NAE_ERA_R-2324_Eesti_Vabariigi_Pohiseaduslik_Assamblee, lk 31
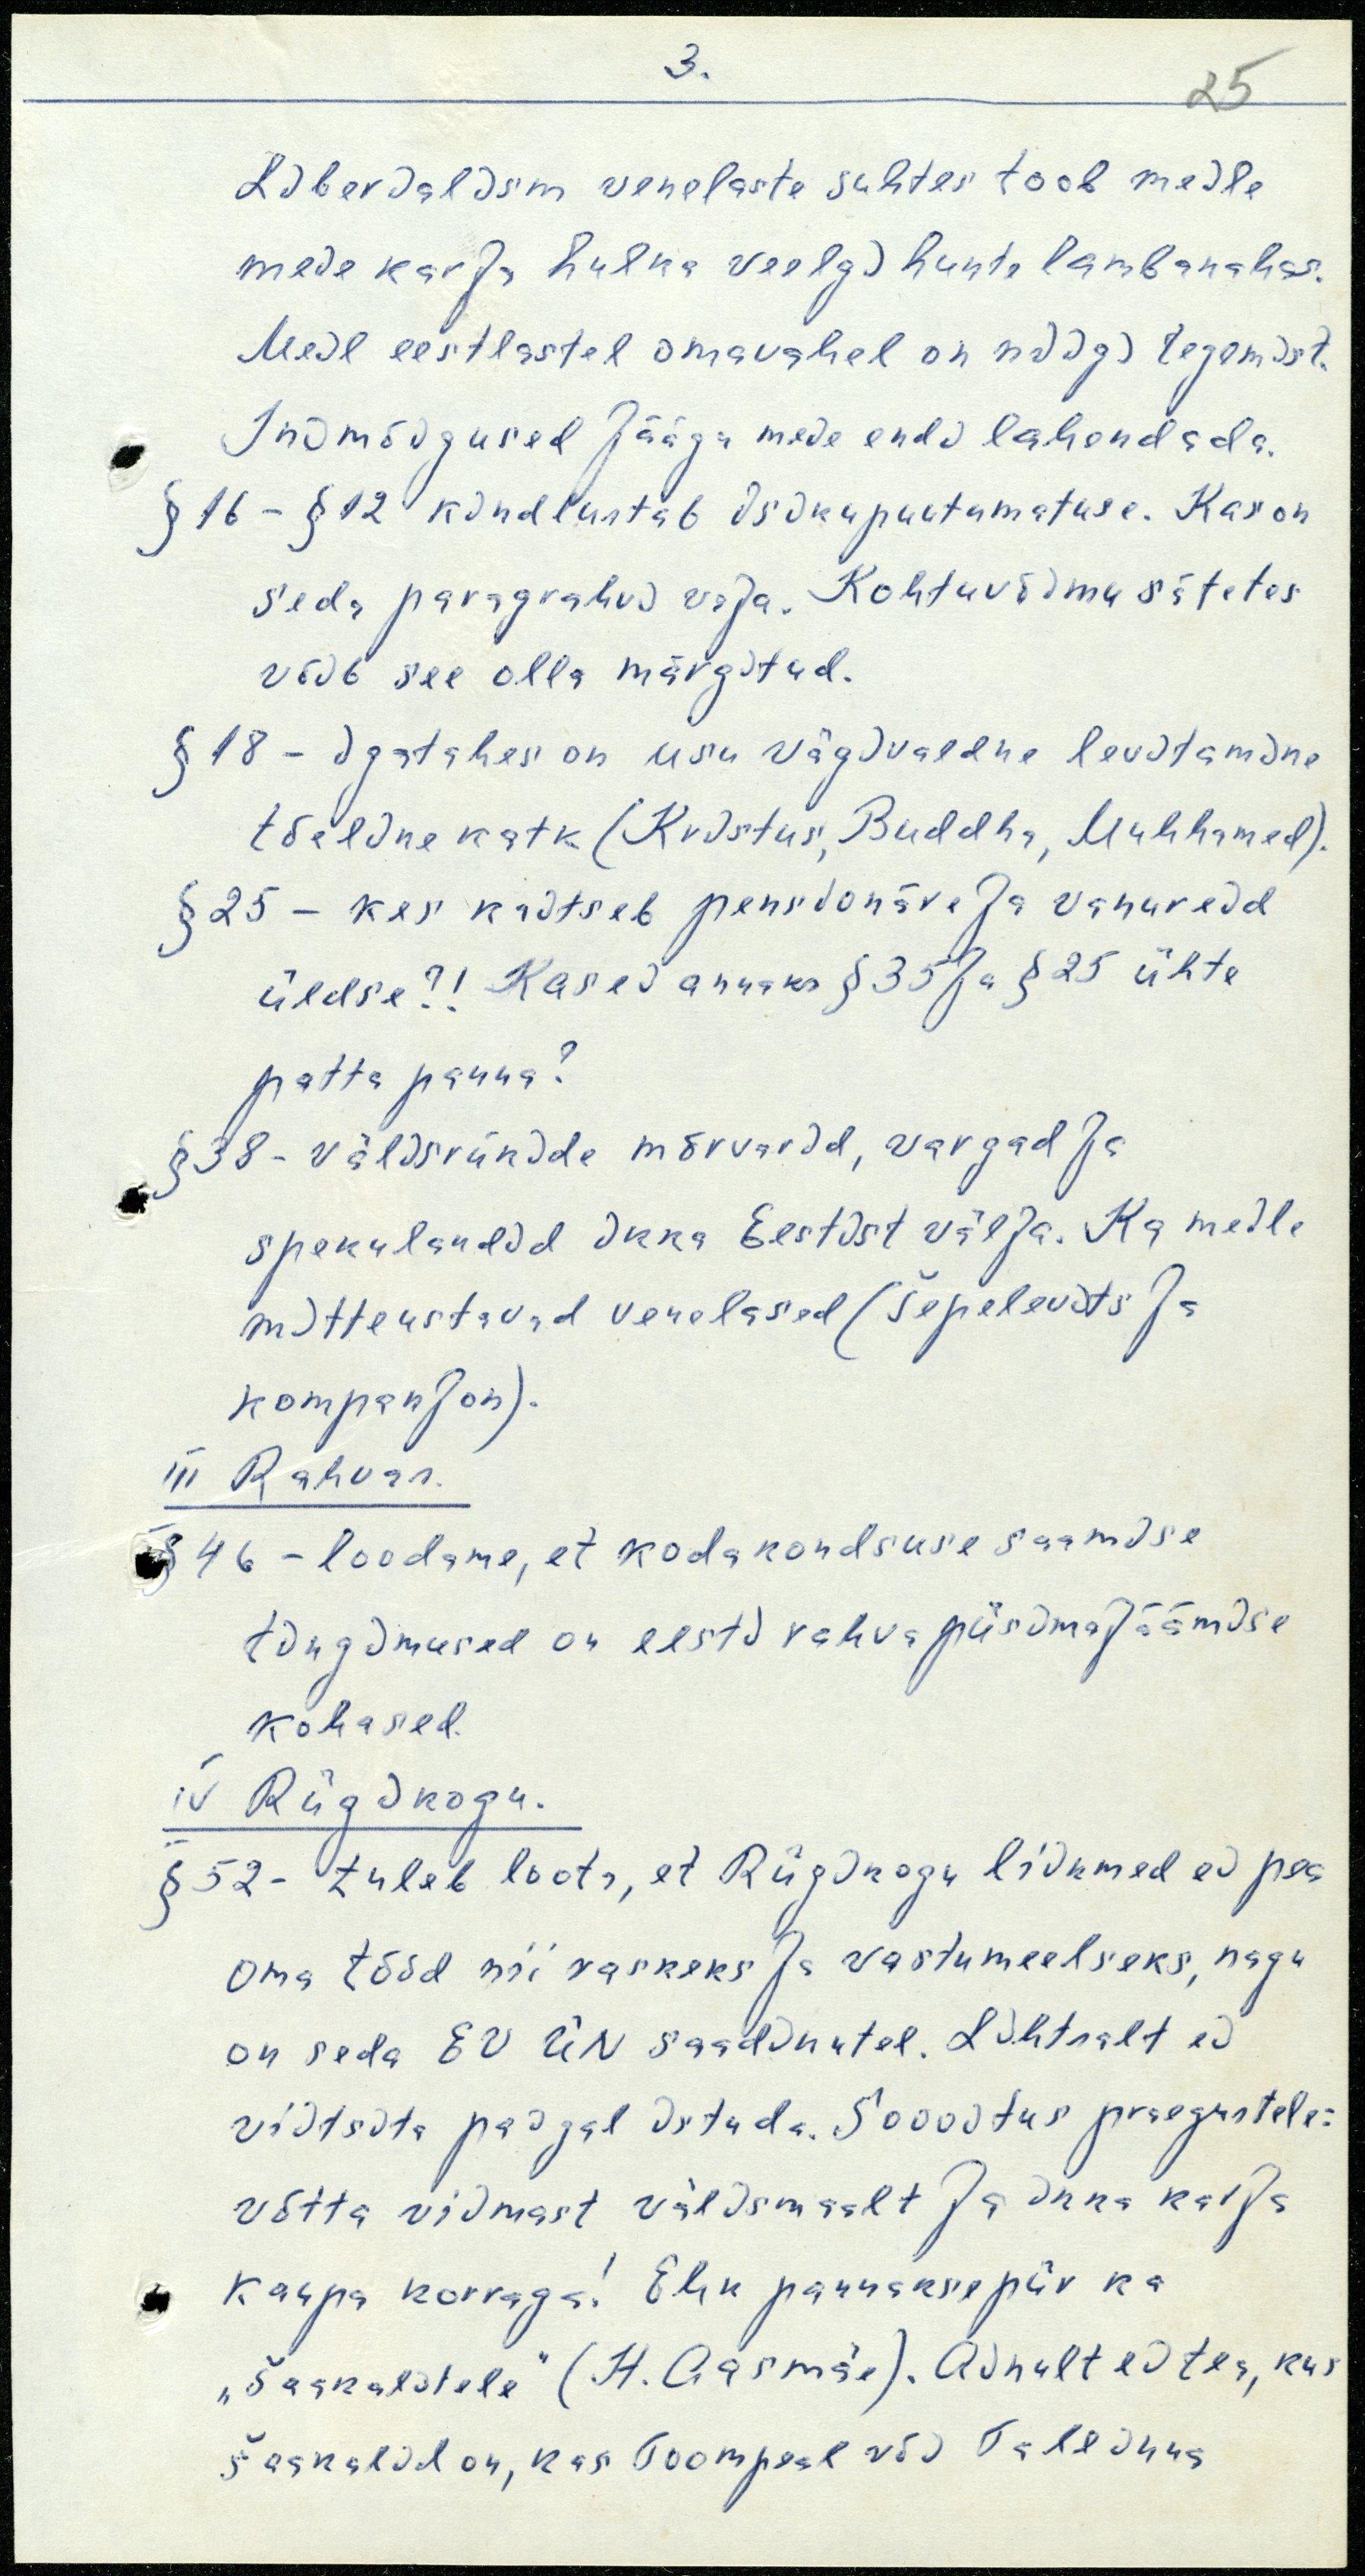
3.
25
Liberalism venelaste suhtes toob meile
meie karja hulka veelgi hunte lambanahas.
Meil eestlastel omavahel on niigi tegemist.
Inimõigused jäägu meie endi lahendada.
§ 16 - § 12 kindlustab isikupuutumatuse. Kas on
seda paragrahvi vaja. Kohtuvõimu sätetes
võib see olla märgitud.
§ 18 - igatahes on usu vägivaldne levitamine
tõeline katk (Kristus, Buddha, Muhhamed).
§ 25 - kes kaitseb pensionäre ja vanureid
üldse?! Kas ei annaks § 35 ja § 25 ühte
patta panna?
§ 38 - välisriikide mõrvarid, vargad ja
spekulandid ikka Eestist välja. Ka meile
mitteustavad venelased (Šepelevits ja
kompanjon).
III Rahvas.
§ 46 - loodame, et kodakondsuse saamise
tingimused on eesti rahva püsimajäämise
kohased.
IV Riigikogu.
§ 52 - tuleb loota, et Riigikogu liikmed ei pea
oma tööd nii raskeks ja vastumeelseks, nagu
on seda EV ÜN saadikutel. Lihtsalt ei
viitsita paigal istuda. Soovitus praegustele:
võtta viimast välismaalt ja ikka karja
kaupa korraga! Ehk pannakse piir ka
šaakalitele" (H. Aasmäe). Ainult ei tea, kus
šaakalid on, kas Toompeal või Tallinna